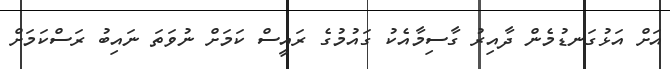
އަށް އަޅުގަނޑުމެން ދާއިރު ގާސިމާއެކު ގައުމުގެ ރައީސް ކަމަށް ނުވަތަ ނައިބު ރަސްކަމަށް